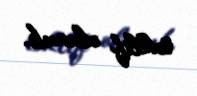
təklif olunub.